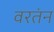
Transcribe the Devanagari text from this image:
वरतंन